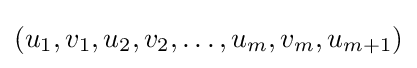
(u_{1},v_{1},u_{2},v_{2},\dots ,u_{m},v_{m},u_{m+1})